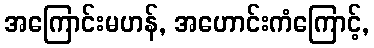
အကြောင်းမဟန်, အဟောင်းကံကြောင့်,